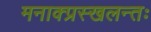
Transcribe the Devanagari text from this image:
मनाक्प्रस्खलन्तः